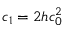
c _ { 1 } = 2 h c _ { 0 } ^ { 2 }